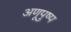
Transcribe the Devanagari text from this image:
अणूपुष्प